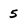
Character: 5